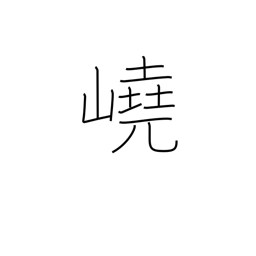
Meaning: towering